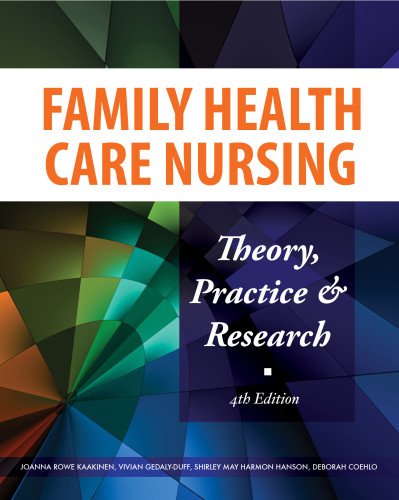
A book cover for Family Health Care Nursing: Theory, Practice, and Research, 4th Edition; Joanna Rowe Kaakinen RN  PhD  PNP; Medical Books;